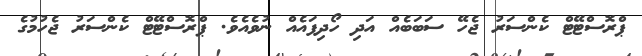
ޕްރޮސްޓޭޓް ކެންސަރު ޖެހޭ ސަބަބެއް އަދި ހޯދިފައެއް ނުވެއެވެ. ޕްރޮސްޓޭޓް ކެންސަރު ޖެހުމުގެ